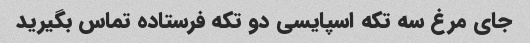
جای مرغ سه تکه اسپایسی دو تکه فرستاده تماس بگیرید